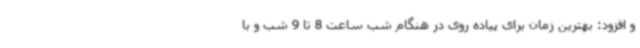
و افزود: بهترین زمان برای پیاده روی در هنگام شب ساعت 8 تا 9 شب و با